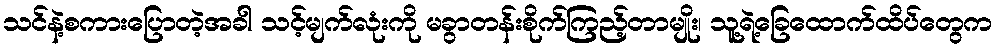
သင်နဲ့စကားပြောတဲ့အခါ သင့်မျက်လုံးကို မခွာတန်းစိုက်ကြည့်တာမျိုး၊ သူ့ရဲ့ခြေထောက်ထိပ်တွေက